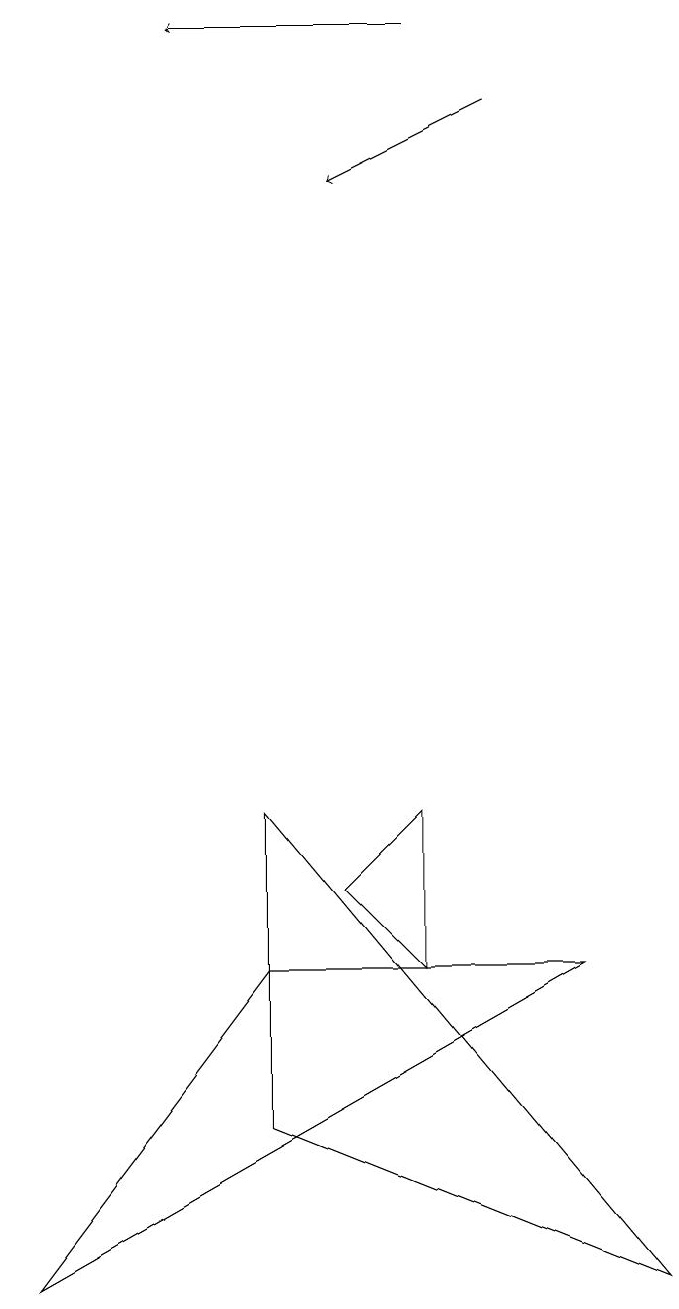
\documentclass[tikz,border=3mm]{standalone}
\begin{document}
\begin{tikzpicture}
\draw (8,0) -- (3,2) -- (3,6) -- cycle;
\draw[->] (6,15) -- (4,14);
\draw (5,6) -- (5,4) -- (4,5) -- cycle;
\draw[->] (5,16) -- (2,16);
\draw (3,4) -- (0,0) -- (7,4) -- cycle;
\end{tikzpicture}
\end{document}